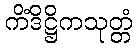
ကိံဒိဋ္ဌိကသုတ္တံ